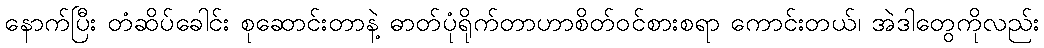
နောက်ပြီး တံဆိပ်ခေါင်း စုဆောင်းတာနဲ့ ဓာတ်ပုံရိုက်တာဟာစိတ်ဝင်စားစရာ ကောင်းတယ်၊ အဲဒါတွေကိုလည်း